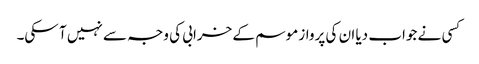
کسی نے جواب دیا ان کی پرواز موسم کے خرابی کی وجہ سے نہیں آ سکی۔